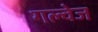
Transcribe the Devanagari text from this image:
गल्वेज